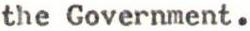
the Government.